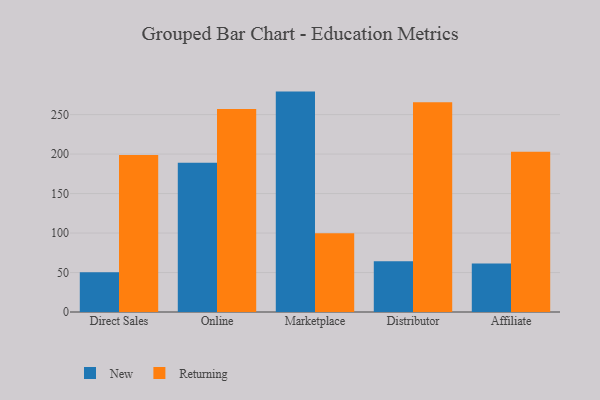
{"axis": {"x": "Channel", "y": "Churn Rate (%)"}, "legend": ["New", "Returning"], "data": [{"x": "Direct Sales", "y": 50.4, "type": "New"}, {"x": "Direct Sales", "y": 198.7, "type": "Returning"}, {"x": "Online", "y": 189.0, "type": "New"}, {"x": "Online", "y": 257.0, "type": "Returning"}, {"x": "Marketplace", "y": 279.1, "type": "New"}, {"x": "Marketplace", "y": 99.6, "type": "Returning"}, {"x": "Distributor", "y": 64.3, "type": "New"}, {"x": "Distributor", "y": 265.6, "type": "Returning"}, {"x": "Affiliate", "y": 61.4, "type": "New"}, {"x": "Affiliate", "y": 203.0, "type": "Returning"}]}